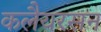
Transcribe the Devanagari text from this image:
कलैयरसन